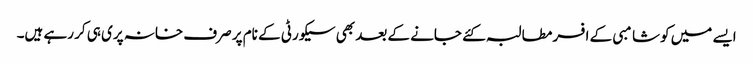
ایسے میں کوشامبی کے افسر مطالبہ کئے جانے کے بعد بھی سیکورٹی کے نام پر صرف خانہ پری ہی کر رہے ہیں۔